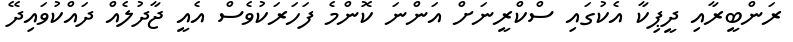
ރަންބީރާއި ދީޕިކާ އެކުގައި ސްކްރީނަށް އަންނަ ކޮންމެ ފަހަރަކުވެސް އެއީ ޖާދުލެއް ދައްކުވައިދޭ